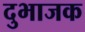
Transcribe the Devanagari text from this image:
दुभाजक